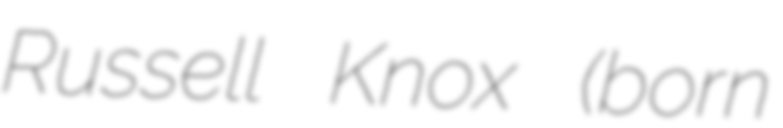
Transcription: Russell Knox (born